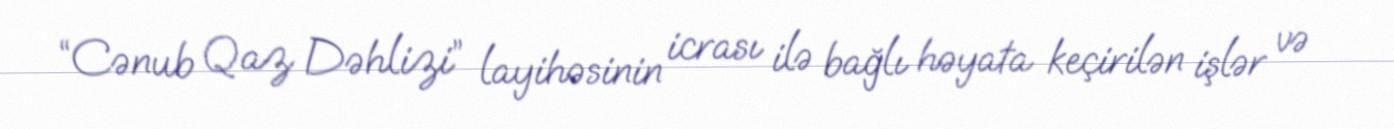
“Cənub Qaz Dəhlizi” layihəsinin icrası ilə bağlı həyata keçirilən işlər və